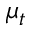
\mu _ { t }